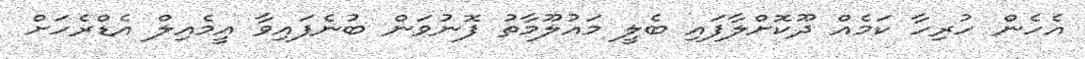
އެހެން ހުރިހާ ކަމެއް ދޫކޮށްލާފައި ބެލީ މައުލޫމާތު ފޮނުވަން ބުނެފައިވާ އީމެއިލް އެޑްރެހަށް